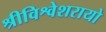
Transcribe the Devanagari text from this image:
श्रीविश्वेशरायो